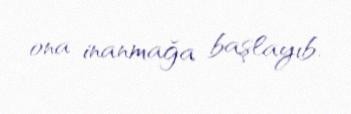
ona inanmağa başlayıb.